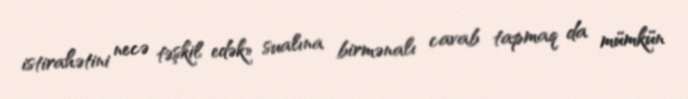
istirahətini necə təşkil edək» sualına birmənalı cavab tapmaq da mümkün